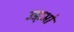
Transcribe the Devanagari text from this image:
उडा़ओ